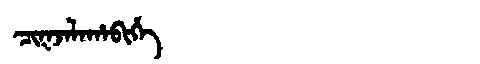
Manchu: ᠴᡳᡴᠵᠠᠯᠠᡥᠠᠪᡳᡥᡝ
Romanization: CIKJALAHABIHE